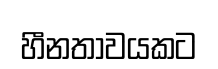
හීනතාවයකට